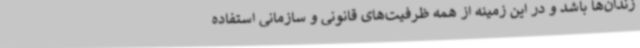
زندان‌ها باشد و در این زمینه از همه ظرفیت‌های قانونی و سازمانی استفاده